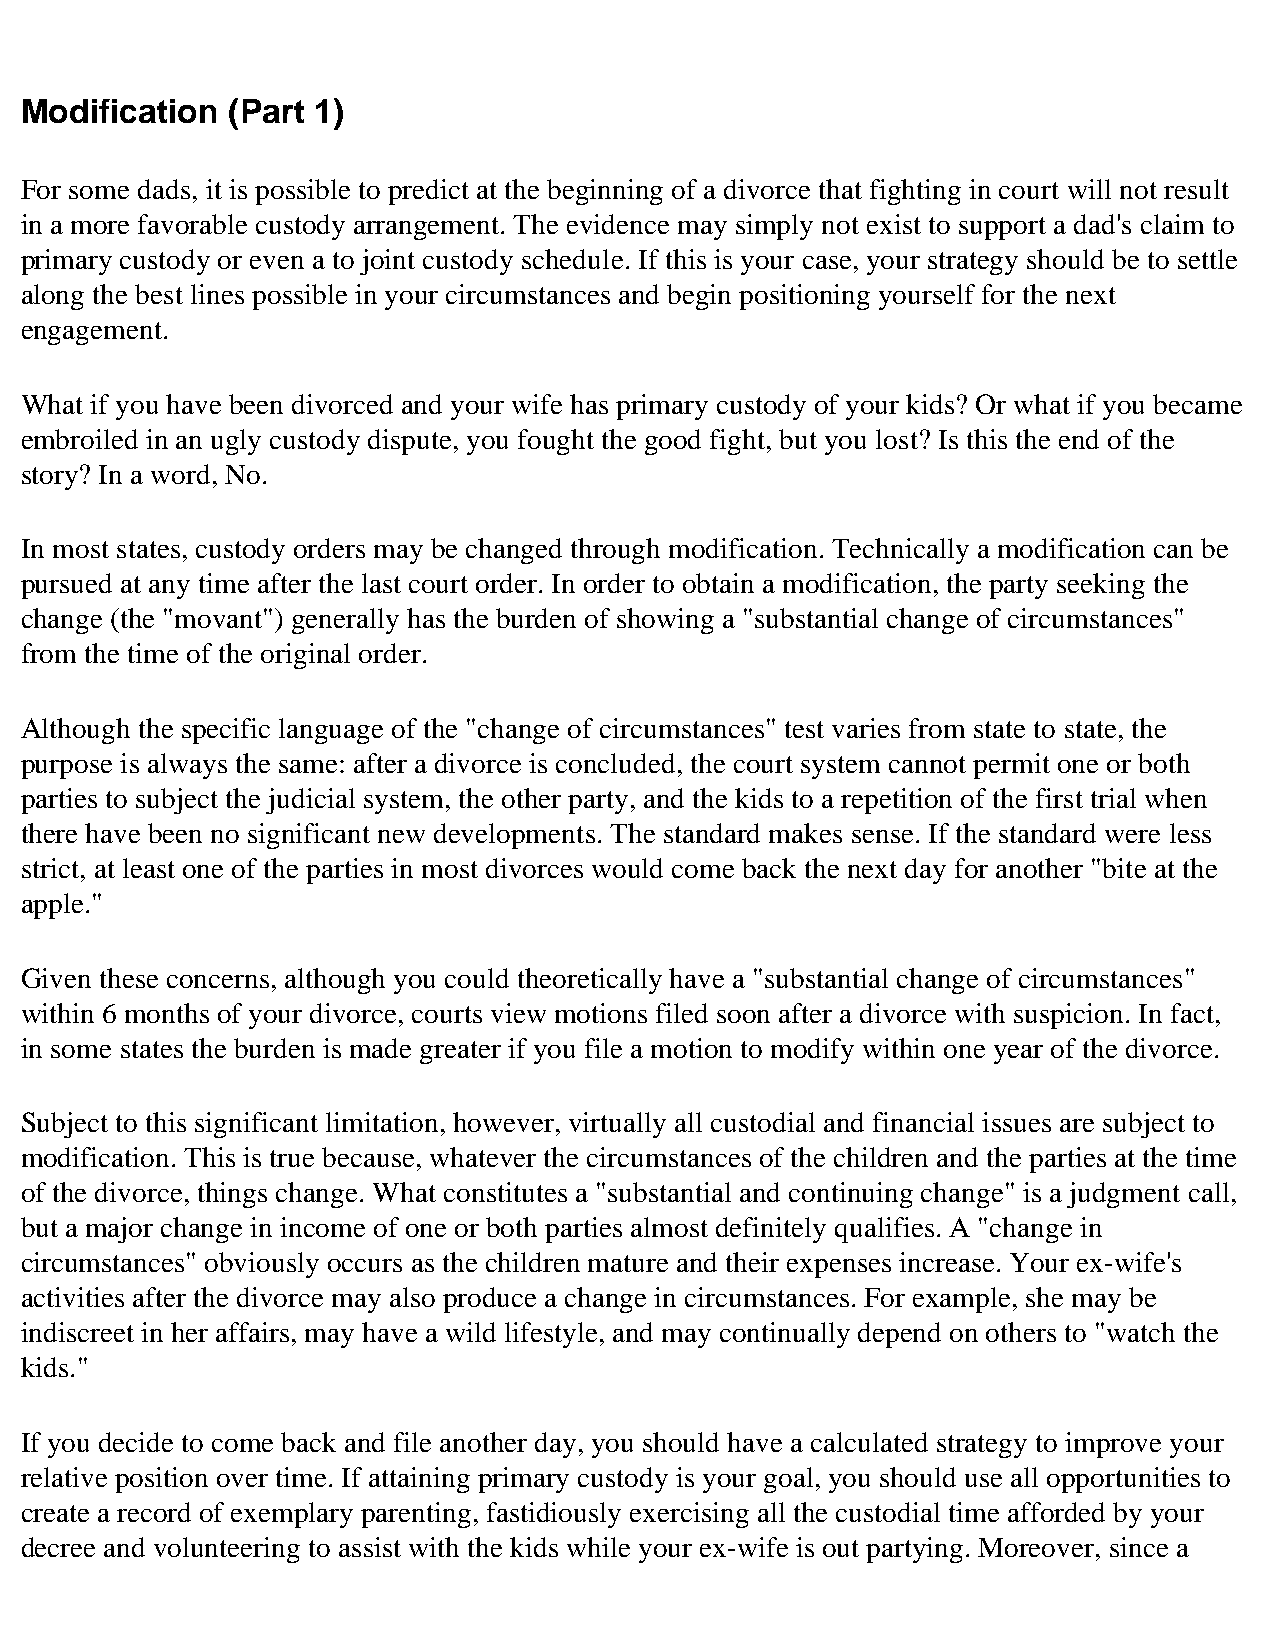
Modification  (Part 1)
 For some dads, it is possible to predict at the beginning of a divorce that fighting in court will not result
 in a more favorable custody arrangement. The evidence may simply not exist to support a dad's claim to
 primary custody or even a to joint custody schedule. If this is your case, your strategy should be to settle
 along the best lines possible in your circumstances and begin positioning yourself for the next
 engagement.
 What if you have been divorced and your wife has primary custody of your kids? Or what if you became
 embroiled in an ugly custody dispute, you fought the good fight, but you lost? Is this the end of the
 story? In a word, No.
 In most states, custody orders may be changed through modification. Technically a modification can be
 pursued at any time after the last court order. In order to obtain a modification, the party seeking the
 change (the "movant") generally has the burden of showing a "substantial change of circumstances"
 from the time of the original order.
 Although the specific language of the "change of circumstances" test varies from state to state, the
 purpose is always the same: after a divorce is concluded, the court system cannot permit one or both
 parties to subject the judicial system, the other party, and the kids to a repetition of the first trial when
 there have been no significant new developments. The standard makes sense. If the standard were less
 strict, at least one of the parties in most divorces would come back the next day for another "bite at the
 apple."
 Given these concerns, although you could theoretically have a "substantial change of circumstances"
 within 6 months of your divorce, courts view motions filed soon after a divorce with suspicion. In fact,
 in some states the burden is made greater if you file a motion to modify within one year of the divorce.
 Subject to this significant limitation, however, virtually all custodial and financial issues are subject to
 modification. This is true because, whatever the circumstances of the children and the parties at the time
 of the divorce, things change. What constitutes a "substantial and continuing change" is a judgment call,
 but a major change in income of one or both parties almost definitely qualifies. A "change in
 circumstances" obviously occurs as the children mature and their expenses increase. Your ex-wife's
 activities after the divorce may also produce a change in circumstances. For example, she may be
 indiscreet in her affairs, may have a wild lifestyle, and may continually depend on others to "watch the
 kids."
 If you decide to come back and file another day, you should have a calculated strategy to improve your
 relative position over time. If attaining primary custody is your goal, you should use all opportunities to
 create a record of exemplary parenting, fastidiously exercising all the custodial time afforded by your
 decree and volunteering to assist with the kids while your ex-wife is out partying. Moreover, since a